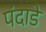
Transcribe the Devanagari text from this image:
पंदाडे